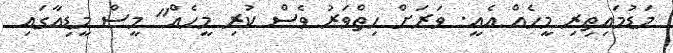
މަޑުމައިތިރި މީހެއް އެއީ. ވަރަށް ހިތްވަރު ވެސް ކުރި މީހެއް" މީސް މީޑިއާގައި